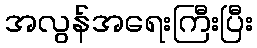
အလွန်အရေးကြီးပြီး